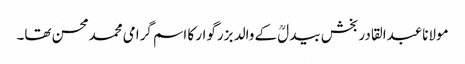
مولاناعبدالقادر بخش بیدلؒ کے والد بزرگوار کا اسم گرامی محمدمحسن تھا۔